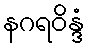
နဂရဝိန္ဒံ